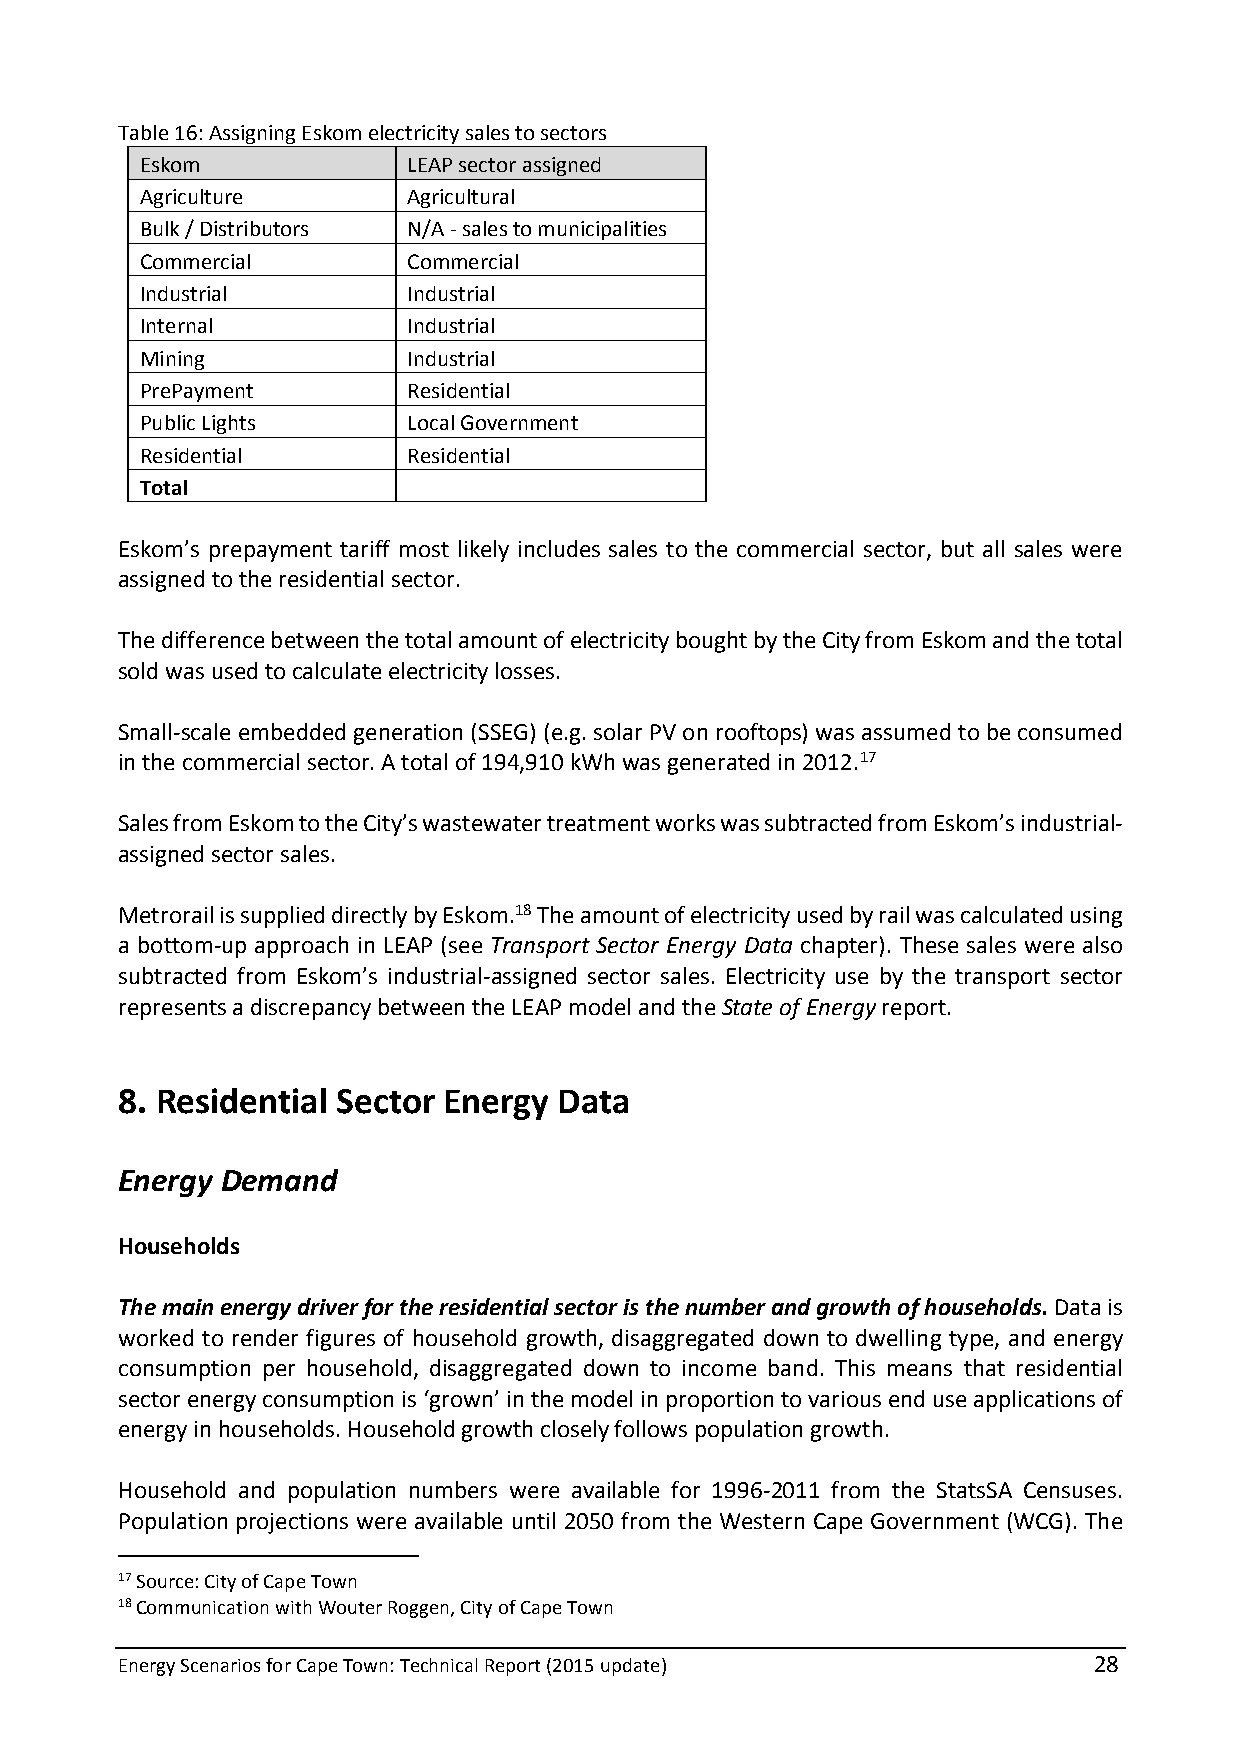
Table 16: Assigning Eskom electricity sales to sectors
 Eskom             LEAP sector assigned
 Agriculture       Agricultural
 Bulk / Distributors N/A - sales to municipalities
 Commercial        Commercial
 Industrial        Industrial
 Internal          Industrial
 Mining            Industrial
 PrePayment        Residential
 Public Lights     Local Government
 Residential       Residential
 Total
 Eskom’s prepayment tariff most likely includes sales to the commercial sector, but all sales were
 assigned to the residential sector.
 The difference between the total amount of electricity bought by the City from Eskom and the total
 sold was used to calculate electricity losses.
 Small-scale embedded generation (SSEG) (e.g. solar PV on rooftops) was assumed to be consumed
 in the commercial sector. A total of 194,910 kWh was generated in 2012.17
 Sales from Eskom to the City’s wastewater treatment works was subtracted from Eskom’s industrial-
 assigned sector sales.
 Metrorail is supplied directly by Eskom.18 The amount of electricity used by rail was calculated using
 a bottom-up approach in LEAP (see Transport Sector Energy Data chapter). These sales were also
 subtracted from Eskom’s industrial-assigned sector sales. Electricity use by the transport sector
 represents a discrepancy between the LEAP model and the State of Energy report.
 8. Residential Sector Energy Data
 Energy Demand
 Households
 The main energy driver for the residential sector is the number and growth of households. Data is
 worked to render figures of household growth, disaggregated down to dwelling type, and energy
 consumption per household, disaggregated down to income band. This means that residential
 sector energy consumption is ‘grown’ in the model in proportion to various end use applications of
 energy in households. Household growth closely follows population growth.
 Household and population numbers were available for 1996-2011 from the StatsSA Censuses.
 Population projections were available until 2050 from the Western Cape Government (WCG). The
 17 Source: City of Cape Town
 18 Communication with Wouter Roggen, City of Cape Town
 Energy Scenarios for Cape Town: Technical Report (2015 update)  28